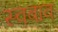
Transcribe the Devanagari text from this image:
स्वबाव